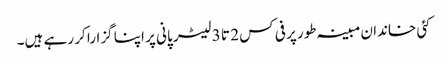
کئی خاندان مبینہ طور پر فی کس 2 تا 3 لیٹر پانی پر اپنا گزارا کر رہے ہیں۔